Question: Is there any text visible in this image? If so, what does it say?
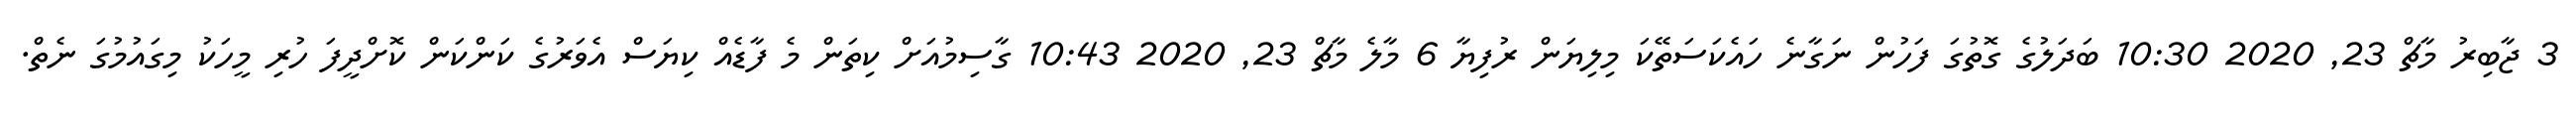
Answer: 3 ޖާބިރު މާޗް 23, 2020 10:30 ބަދަލުގެ ގޮތުގަ ފަހުން ނަގާނެ ހައެކަސަތޭކަ މިލިޔަން ރުފިޔާ 6 މާލެ މާޗް 23, 2020 10:43 ގާސިމުއަށް ކިތަން މެ ފާޑެއް ކިޔަސް އެވަރުގެ ކަންކަން ކޮށްދީފަ ހުރި މީހަކު މިގައުމުގަ ނެތް.